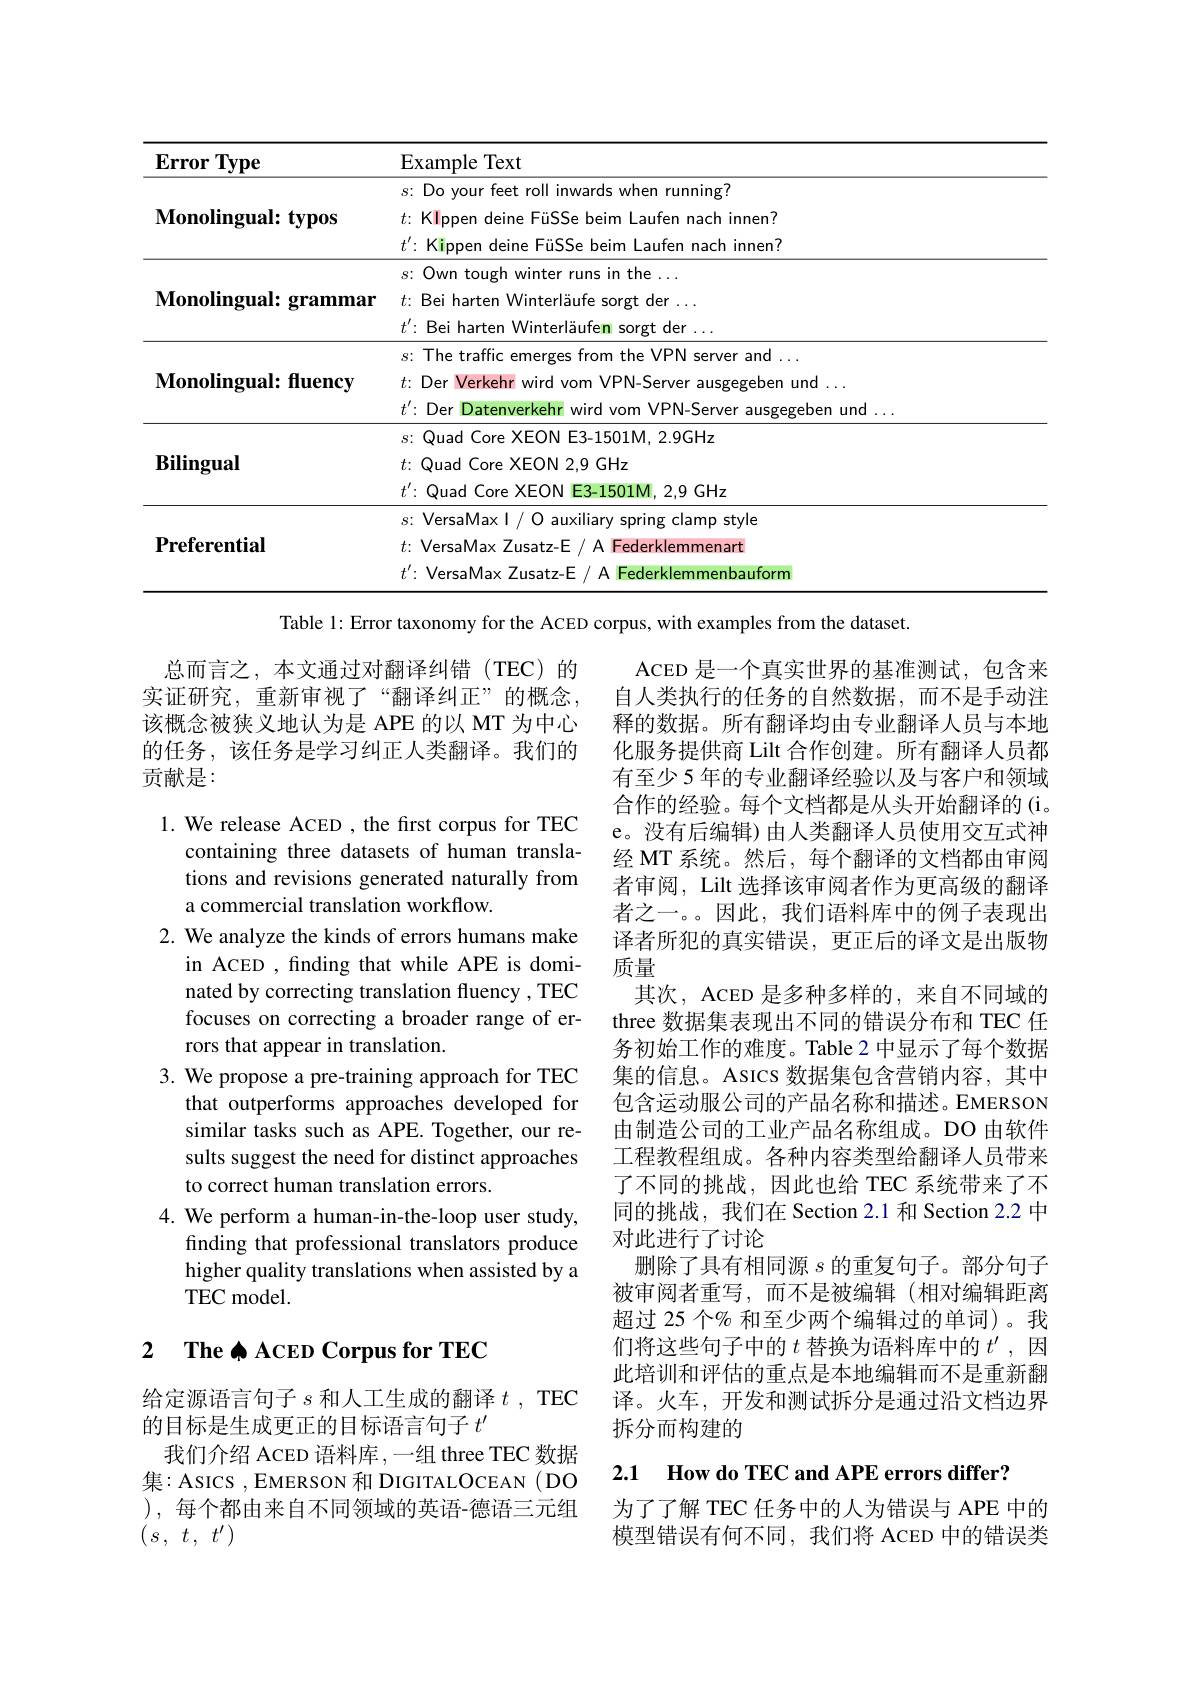
<table>
	<tbody>
		<tr>
			<th>$\mathbf{Error}$ $\cdot\mathbf{Type}$</th>
			<th>Example Text</th>
		</tr>
		<tr>
			<td rowspan="4">$\mathbf{Monolingual:typos}$</td>
			<td>s: Do your feet roll inwards when running? $t^{\prime}\colon$ Kippen deine FüSSe beim Laufen nach innen? $t{:}{\mathrm{~KIppen~deine~F\"{u}SSe~beim~Laufen~nach~innen?}}$</td>
		</tr>
		<tr>
			<td>$s\colon Dovour$ teet rol inwards s when running?</td>
		</tr>
		<tr>
			<td>$t\colon KI_{\mathrm{ppen~o}}$ fen nach innen?</td>
		</tr>
		<tr>
			<td>$t^{\prime}\colon$Kippen 1 nach innen?</td>
		</tr>
		<tr>
			<td rowspan="3">$\mathbf{Monolingual:grammar}$</td>
			<td>$S:$ Own toulo</td>
		</tr>
		<tr>
			<td>$f\cdot$ , Rei har</td>
		</tr>
		<tr>
			<td>$t^{\prime}\colon$Bei h</td>
		</tr>
		<tr>
			<td rowspan="3">Monolingual: fuency</td>
			<td>${\mathrm{The~traff}}$ $S:$ em server and</td>
		</tr>
		<tr>
			<td>$f.$ Der Verkehr wird vom</td>
		</tr>
		<tr>
			<td>$t^{\prime}\colon$Der Datenverkeh wird vom VPN-Server</td>
		</tr>
		<tr>
			<td rowspan="3">$\mathbf{Bilingual}$</td>
			<td>$S:1$ $\textcircled{\mathrm{Quad}}\textcircled{\mathrm{C}}$ Core $\mathsf{E3-1501M,2.9GHz}$ $X\vdash(1)$</td>
		</tr>
		<tr>
			<td>$t:$Quad Core > XEON 2,9 GHz</td>
		</tr>
		<tr>
			<td>$t^{\prime}\colon$Quad C Core XEON E3-1501M. 1.2,9 GHz</td>
		</tr>
		<tr>
			<td rowspan="4">$\mathbf{Preferential}$</td>
			<td>$s\colon$VersaMax I auxiliary spring clamp style</td>
		</tr>
		<tr>
			<td>$s{:}$ VersaMax I / O auxiliary spring clamp style $t{:}$ VersaMax Zusatz-E/ A Federklemmenart $t^{\prime}\colon$ VersaMax Zusatz-E / A Federklemmenbauform</td>
		</tr>
		<tr>
			<td>$t:VersaMax$ $=\frac{1}{2}$ $7_{115at7-F}$ L Federklemmenart</td>
		</tr>
		<tr>
			<td>VersaMax A Federklemmenbauform</td>
		</tr>
	</tbody>
</table>
Table 1: Error taxonomy for the ACED corpus, with examples from the dataset.

总而言之，本文通过对翻译纠错(TEC)的实证研究，重新审视了“翻译纠正”的概念， 该概念被狭义地认为是 APE 的以 MT 为中心的任务，该任务是学习纠正人类翻译。我们的贡献是：

ACED 是一个真实世界的基准测试，包含来自人类执行的任务的自然数据，而不是手动注释的数据。所有翻译均由专业翻译人员与本地化服务提供商 Lilt 合作创建。所有翻译人员都有至少 5 年的专业翻译经验以及与客户和领域合作的经验。每个文档都是从头开始翻译的(i。e。没有后编辑) 由人类翻译人员使用交互式神经 MT 系统。然后，每个翻译的文档都由审阅者审阅，Lilt 选择该审阅者作为更高级的翻译者之一。。因此，我们语料库中的例子表现出译者所犯的真实错误，更正后的译文是出版物质量
其次，ACED 是多种多样的，来自不同域的three 数据集表现出不同的错误分布和 TEC 任务初始工作的难度。Table 2 中显示了每个数据集的信息。ASICS 数据集包含营销内容，其中包含运动服公司的产品名称和描述。EMERSON 由制造公司的工业产品名称组成。DO 由软件工程教程组成。各种内容类型给翻译人员带来了不同的挑战，因此也给 TEC 系统带来了不同的挑战，我们在 Section 2.1 和 Section 2.2 中对此进行了讨论
删除了具有相同源$s$的重复句子。部分句子被审阅者重写，而不是被编辑(相对编辑距离超过 25 个% 和至少两个编辑过的单词)。我们将这些句子中的$t$替换为语料库中的$t^{\prime}$,因此培训和评估的重点是本地编辑而不是重新翻译。火车，开发和测试拆分是通过沿文档边界拆分而构建的

1. We release ACED , the first corpus for TEC
containing three datasets of human translations and revisions generated naturally from a commercial translation workflow.
2. We analyze the kinds of errors humans make
in ACED , finding that while APE is dominated by correcting translation fluency , TEC focuses on correcting a broader range of errors that appear in translation.
3. We propose a pre-training approach for TEC
that outperforms approaches developed for similar tasks such as APE. Together, our results suggest the need for distinct approaches to correct human translation errors.
4. We perform a human-in-the-loop user study,
finding that professional translators produce higher quality translations when assisted by a TEC model.

### 2 $\textbf{The ACED Corpus for TEC}$

给定源语言句子$s$和人工生成的翻译$t$, TEC
的目标是生成更正的目标语言句子$t^{\prime}$
我们介绍 ACED 语料库 ,一组 three TEC 数据集：ASICS , EMERSON 和 DIGITALOCEAN ( DO ), 每个都由来自不同领域的英语-德语三元组$\left(s\:,\:t\:,\:t'\:\right)$

2.1 How do TEC and APE errors differ?

为了了解 TEC 任务中的人为错误与 APE 中的模型错误有何不同，我们将 ACED 中的错误类